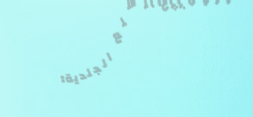
محلات بيع السلع الجلدية: